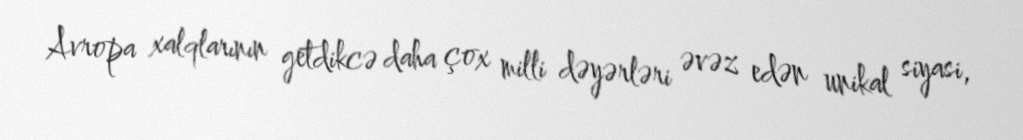
Avropa xalqlarının getdikcə daha çox milli dəyərləri əvəz edən unikal siyasi,